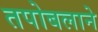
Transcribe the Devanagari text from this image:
तपोबलाने